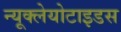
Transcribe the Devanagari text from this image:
न्यूक्लेयोटाइडस